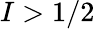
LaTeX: I>1/2